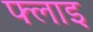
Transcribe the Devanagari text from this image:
फ्लाइ